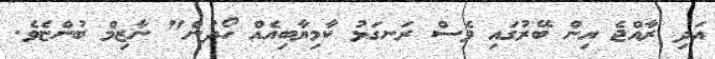
އަދި ރާއްޖެ އިން ބޭރުގައި ވެސް ރަނގަޅު ކާމިޔާބިއެއް ހޯދުން" ނާޒިމް ބުންޏެވެ.